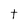
Character: t